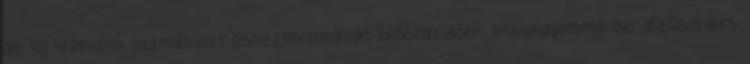
az új irányító személyzet összetartozását erősítendően megalapította az „Ezüsthárs